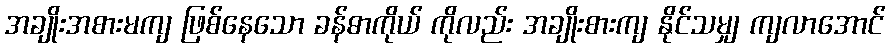
အချိုးအစားမကျ ဖြစ်နေသော ခန်ဓာကိုယ် ကိုလည်း အချိုးစားကျ နိုင်သမျှ ကျလာအောင်